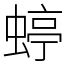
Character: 蝏